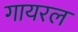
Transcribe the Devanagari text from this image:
गायरल